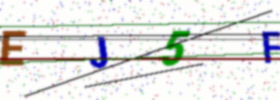
Text: EJ5F